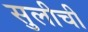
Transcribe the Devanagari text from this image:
सुलीची